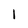
Character: 1